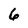
Character: 6